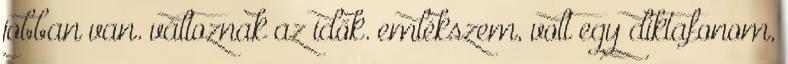
jobban van. változnak az idők. emlékszem, volt egy diktafonom,